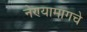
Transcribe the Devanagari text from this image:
नेण्यामागचे